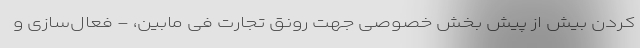
کردن بیش از پیش بخش خصوصی جهت رونق تجارت فی مابین، - فعال‌سازی و